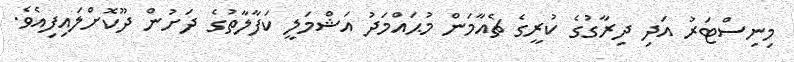
މިނިސްޓަރު އަދި ދިރާގުގެ ކުރީގެ ޗެއާމަން މުޙައްމަދު އަޝްމަލީ ކަފާލާތުގެ ދަށުން ދޫކޮށްލައިފިއެވެ.